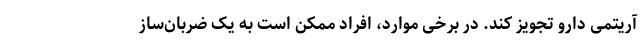
آریتمی دارو تجویز کند. در برخی موارد، افراد ممکن است به یک ضربان‌ساز